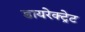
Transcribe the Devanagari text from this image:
डायरेक्ट्रेट